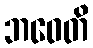
ဘဝေတိ